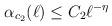
LaTeX: \begin{align*}\alpha_{c_2}(\ell) \le C_2 \ell^{-\eta}\end{align*}